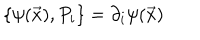
\{ \psi ( \vec { x } ) , P _ { i } \} = \partial _ { i } \psi ( \vec { x } )